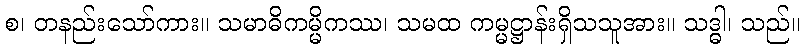
စ၊ တနည်းသော်ကား။ သမာဓိကမ္မိကဿ၊ သမထ ကမ္မဋ္ဌာန်းရှိသသူအား။ သဒ္ဓါ၊ သည်။